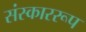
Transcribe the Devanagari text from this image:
संस्काररूप